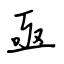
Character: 亟